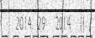
2014